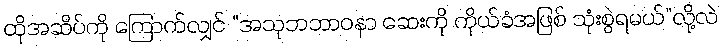
ထိုအဆိပ်ကို ကြောက်လျှင် “အသုဘဘာဝနာ ဆေးကို ကိုယ်ခံအဖြစ် သုံးစွဲရမယ်”လို့လဲ